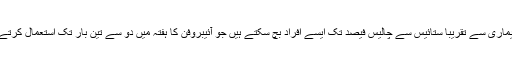
اس بیماری سے تقریباً ستائیس سے چالیس فیصد تک ایسے افراد بچ سکتے ہیں جو آئیبروفن کا ہفتہ میں دو سے تین بار تک استعمال کرتے ہیں۔